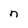
Character: n